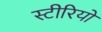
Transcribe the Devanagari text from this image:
स्‍टीरियो